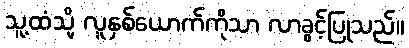
သူ့ထံသို့ လူနှစ်ယောက်ကိုသာ လာခွင့်ပြုသည်။